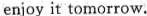
enjoy it tomorrow.